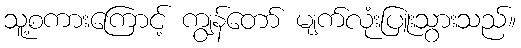
သူ့စကားကြောင့် ကျွန်တော် မျက်လုံးပြူးသွားသည်။